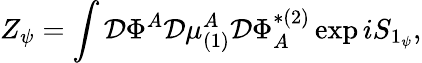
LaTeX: Z_{\psi}=\int{\cal D}\Phi^{A}{\cal D}\mu_{(1)}^{A}{\cal D}\Phi_{A}^{*(2)}\exp iS_{1_{\psi}},